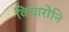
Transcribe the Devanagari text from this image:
विचारोनि